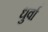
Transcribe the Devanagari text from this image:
धुर्वा